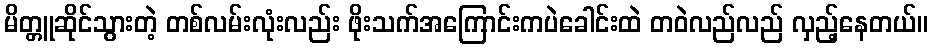
မိတ္တူဆိုင်သွားတဲ့ တစ်လမ်းလုံးလည်း ဖိုးသက်အကြောင်းကပဲခေါင်းထဲ တဝဲလည်လည် လှည့်နေတယ်။